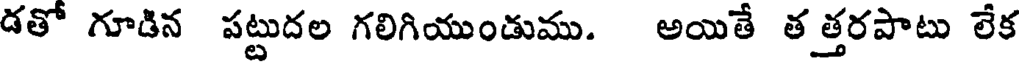
డతో గూడిన పట్టుదల గలిగియుండుము. అయితే తత్తరపాటు లేక